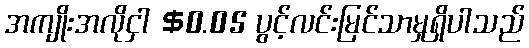
အကျိုးအလိုငှါ $0.05 ပွင့်လင်းမြင်သာမှုရှိပါသည်